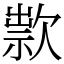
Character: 㱁